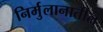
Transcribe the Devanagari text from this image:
निर्मुलानातील